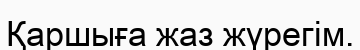
Қаршыға жаз жүрегім.